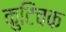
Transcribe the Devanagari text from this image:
कुटिचक